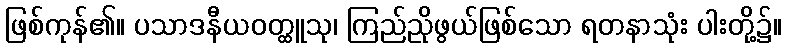
ဖြစ်ကုန်၏။ ပသာဒနီယဝတ္ထူသု၊ ကြည်ညိုဖွယ်ဖြစ်သော ရတနာသုံး ပါးတို့၌။